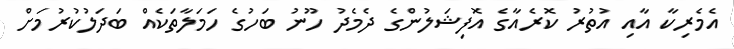
އެމެރިކާ އާއި އުތުރު ކޮރެއާގެ އޮފިޝަލުންގެ ދެމެދު ހޫނު ބަހުގެ ހަމަލާތަކެއް ބަދަލުކުރުމަށް